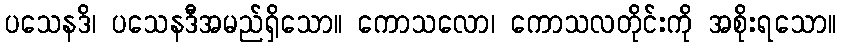
ပသေနဒိ၊ ပသေနဒီအမည်ရှိသော။ ကောသလော၊ ကောသလတိုင်းကို အစိုးရသော။